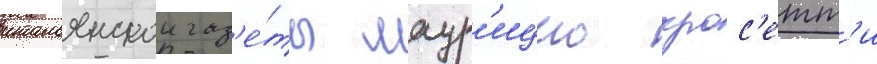
итальянскои газ'е́ты маур'ицио крос'етт'и